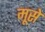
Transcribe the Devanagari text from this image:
मूसे